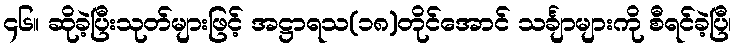
၄၆။ ဆိုခဲ့ပြီးသုတ်များဖြင့် အဋ္ဌာရသ(၁၈)တိုင်အောင် သင်္ချာများကို စီရင်ခဲ့ပြီ၊